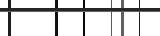
٢٥